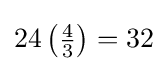
24\left({\tfrac {4}{3}}\right)=32